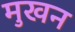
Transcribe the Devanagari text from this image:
मुखन